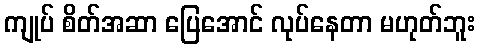
ကျုပ် စိတ်အဆာ ပြေအောင် လုပ်နေတာ မဟုတ်ဘူး